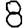
Digit: 8